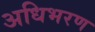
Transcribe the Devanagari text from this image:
अधिभरण